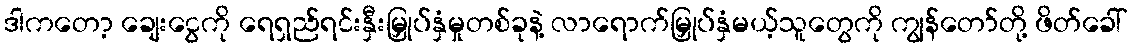
ဒါကတော့ ချေးငွေကို ရေရှည်ရင်းနှီးမြှုပ်နှံမှုတစ်ခုနဲ့ လာရောက်မြှုပ်နှံမယ့်သူတွေကို ကျွန်တော်တို့ ဖိတ်ခေါ်